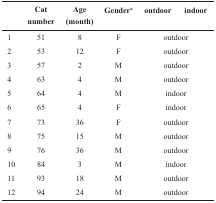
<table><thead><tr><td></td><td><b>Cat number</b></td><td><b>Age (month)</b></td><td><b>Gender<sup>a</sup></b></td><td><b>Outdoor</b></td><td><b>indoor</b></td></tr></thead><tbody><tr><td>1</td><td>51</td><td>8</td><td>F</td><td colspan="2">outdoor</td></tr><tr><td>2</td><td>53</td><td>12</td><td>F</td><td colspan="2">outdoor</td></tr><tr><td>3</td><td>57</td><td>2</td><td>M</td><td colspan="2">outdoor</td></tr><tr><td>4</td><td>63</td><td>4</td><td>M</td><td colspan="2">outdoor</td></tr><tr><td>5</td><td>64</td><td>4</td><td>M</td><td colspan="2">indoor</td></tr><tr><td>6</td><td>65</td><td>4</td><td>F</td><td colspan="2">indoor</td></tr><tr><td>7</td><td>73</td><td>36</td><td>F</td><td colspan="2">outdoor</td></tr><tr><td>8</td><td>75</td><td>15</td><td>M</td><td colspan="2">outdoor</td></tr><tr><td>9</td><td>76</td><td>36</td><td>M</td><td colspan="2">outdoor</td></tr><tr><td>10</td><td>84</td><td>3</td><td>M</td><td colspan="2">indoor</td></tr><tr><td>11</td><td>93</td><td>18</td><td>M</td><td colspan="2">outdoor</td></tr><tr><td>12</td><td>94</td><td>24</td><td>M</td><td colspan="2">outdoor</td></tr></tbody></table>